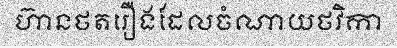
ហ៊ានថតរឿងដែលចំណាយថវិកា